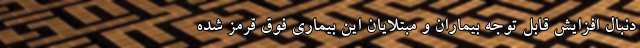
دنبال افزایش قابل توجه بیماران و مبتلایان این بیماری فوق قرمز شده